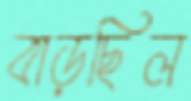
বাড়ছিল